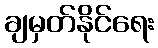
ချမှတ်နိုင်ရေး